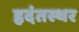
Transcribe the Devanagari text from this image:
हृदंतस्थर